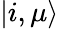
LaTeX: \left|i,\mu\right>